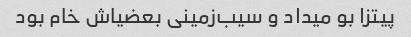
پیتزا بو میداد و سیب‌زمینی بعضیاش خام بود